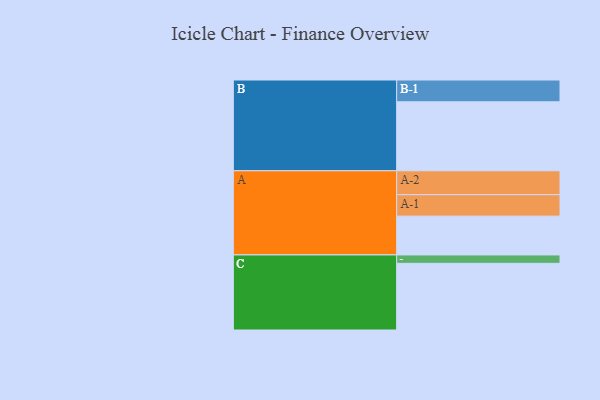
{"axis": {"x": "Segment", "y": "Value"}, "legend": ["", "A", "B", "C"], "data": [{"x": "A", "y": 328, "type": ""}, {"x": "B", "y": 583, "type": ""}, {"x": "C", "y": 563, "type": ""}, {"x": "A-1", "y": 181, "type": "A"}, {"x": "A-2", "y": 202, "type": "A"}, {"x": "B-1", "y": 184, "type": "B"}, {"x": "C-1", "y": 71, "type": "C"}]}